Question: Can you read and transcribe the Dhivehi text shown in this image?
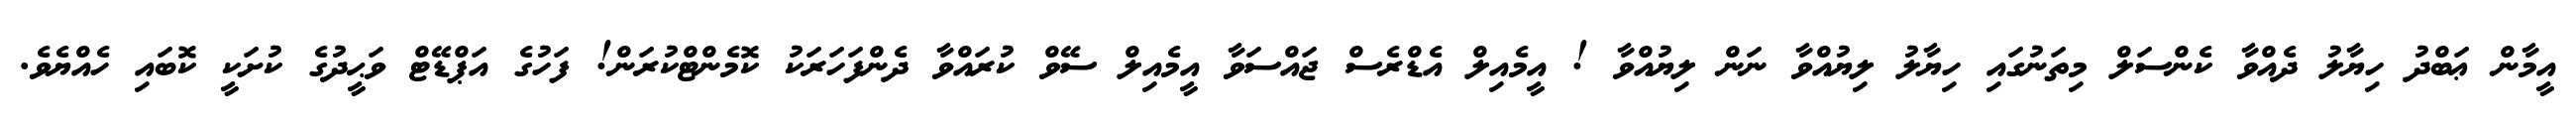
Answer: އީމާން ޢަބްދު ހިޔާލު ދެއްވާ ކެންސަލް މިތަނުގައި ހިޔާލު ލިޔުއްވާ ނަން ލިޔުއްވާ ! އީމެއިލް އެޑްރެސް ޖައްސަވާ އީމެއިލް ސޭވް ކުރައްވާ ދެންފަހަރަކު ކޮމެންޓްކުރަން! ފަހުގެ އަޕްޑޭޓް ވަޙީދުގެ ކުށަކީ ކޮބައި ހެއްޔެވެ.